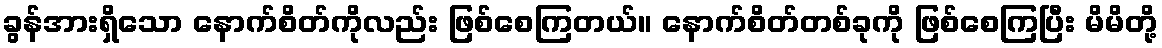
ခွန်အားရှိသော နောက်စိတ်ကိုလည်း ဖြစ်စေကြတယ်။ နောက်စိတ်တစ်ခုကို ဖြစ်စေကြပြီး မိမိတို့